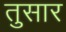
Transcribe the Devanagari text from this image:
तुसार